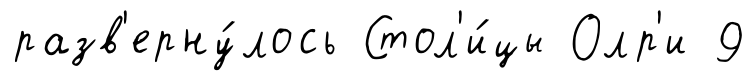
разв'ерну́лось Стол'и́цы Олр'и 9